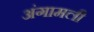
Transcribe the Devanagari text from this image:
अंगामली